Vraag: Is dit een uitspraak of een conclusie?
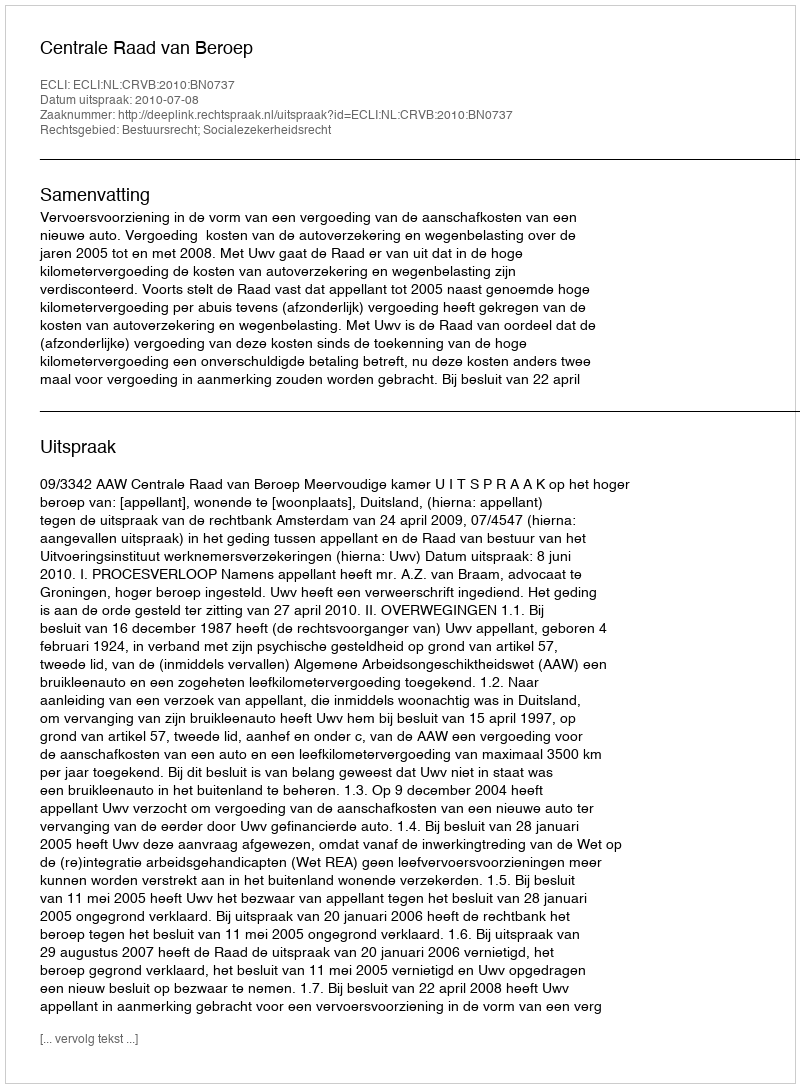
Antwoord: Uitspraak